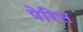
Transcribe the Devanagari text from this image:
पेरिस